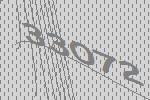
33072